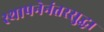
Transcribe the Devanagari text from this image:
स्थापनेनंतरसुद्धा